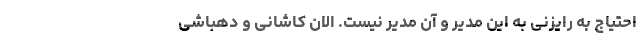
احتیاج به رایزنی به این مدیر و آن مدیر نیست. الان کاشانی و دهباشی